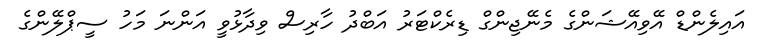
އައިލެންޑް އޭވިއޭޝަންގެ މެނޭޖިންގް ޑިރެކްޓަރު އަބްދު ހާރިސް ވިދާޅުވީ އަންނަ މަހު ސީޕްލޭންގެ